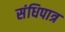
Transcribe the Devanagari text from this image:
संधिपात्र